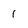
Character: 1